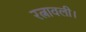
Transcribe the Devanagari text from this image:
रत्नावली।